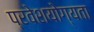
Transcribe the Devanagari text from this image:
प्रवेशयोग्यता